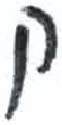
אות: ק